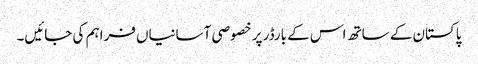
پاکستان کے ساتھ اس کے بارڈر پر خصوصی آسانیاں فراہم کی جائیں۔